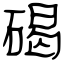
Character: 碣